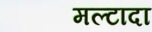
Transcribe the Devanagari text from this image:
मल्टादा